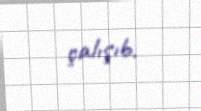
çalışıb.